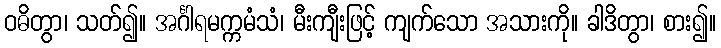
ဝဓိတွာ၊ သတ်၍။ အင်္ဂါရမက္ကမံသံ၊ မီးကျီးဖြင့် ကျက်သော အသားကို။ ခါဒိတွာ၊ စား၍။